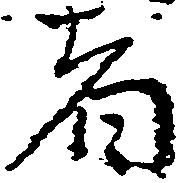
者